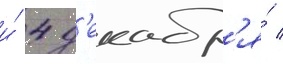
и́ 4 д'екабр'я́ /